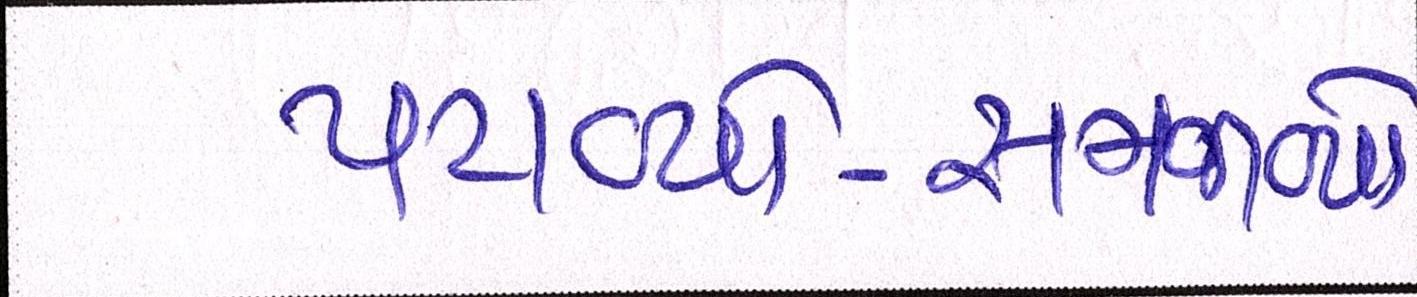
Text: પટાવ્યો-સમજાવ્યો